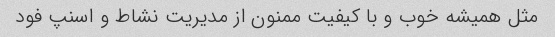
مثل همیشه خوب و با کیفیت ممنون از مدیریت نشاط و اسنپ فود